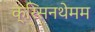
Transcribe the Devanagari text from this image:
क्रिसनथेमम